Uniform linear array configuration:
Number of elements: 48
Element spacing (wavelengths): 0.5
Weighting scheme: hann
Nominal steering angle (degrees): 15
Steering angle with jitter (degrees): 14.925
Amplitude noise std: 0.05
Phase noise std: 0.05

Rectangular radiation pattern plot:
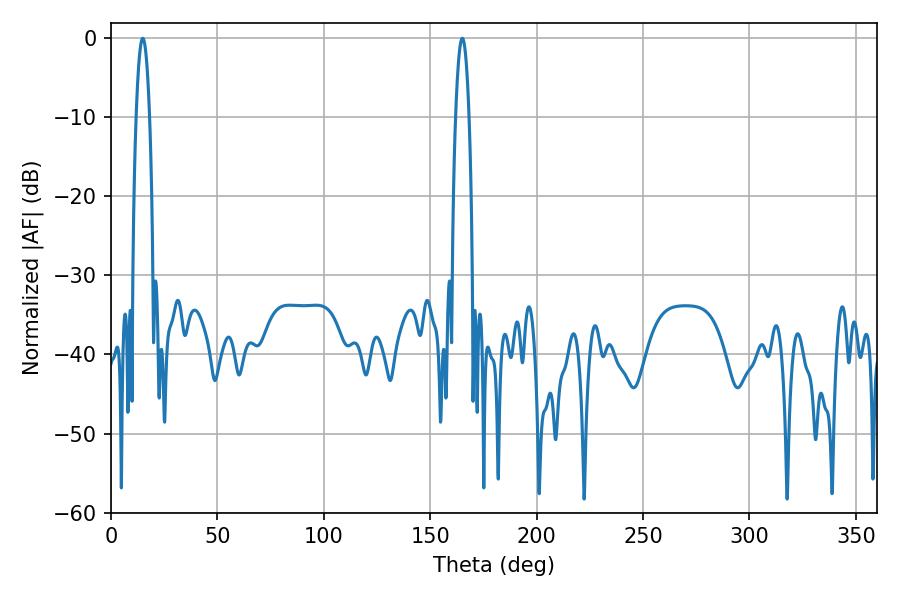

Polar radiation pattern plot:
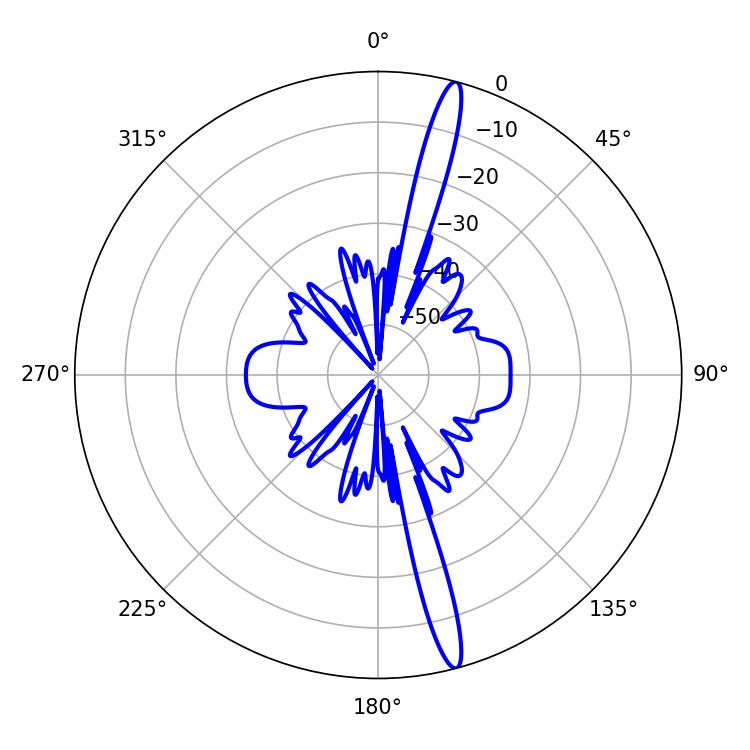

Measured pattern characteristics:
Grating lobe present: FALSE
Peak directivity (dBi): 17.675
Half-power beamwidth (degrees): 3.6
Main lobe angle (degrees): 14.94